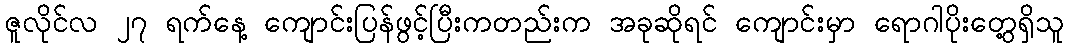
ဇူလိုင်လ ၂၇ ရက်နေ့ ကျောင်းပြန်ဖွင့်ပြီးကတည်းက အခုဆိုရင် ကျောင်းမှာ ရောဂါပိုးတွေ့ရှိသူ